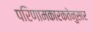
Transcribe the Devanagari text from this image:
परिणामकारकतेनुसार